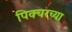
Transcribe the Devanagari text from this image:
पिक्चरच्या